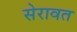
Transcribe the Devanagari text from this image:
सेरावत